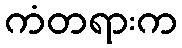
ကံတရားက